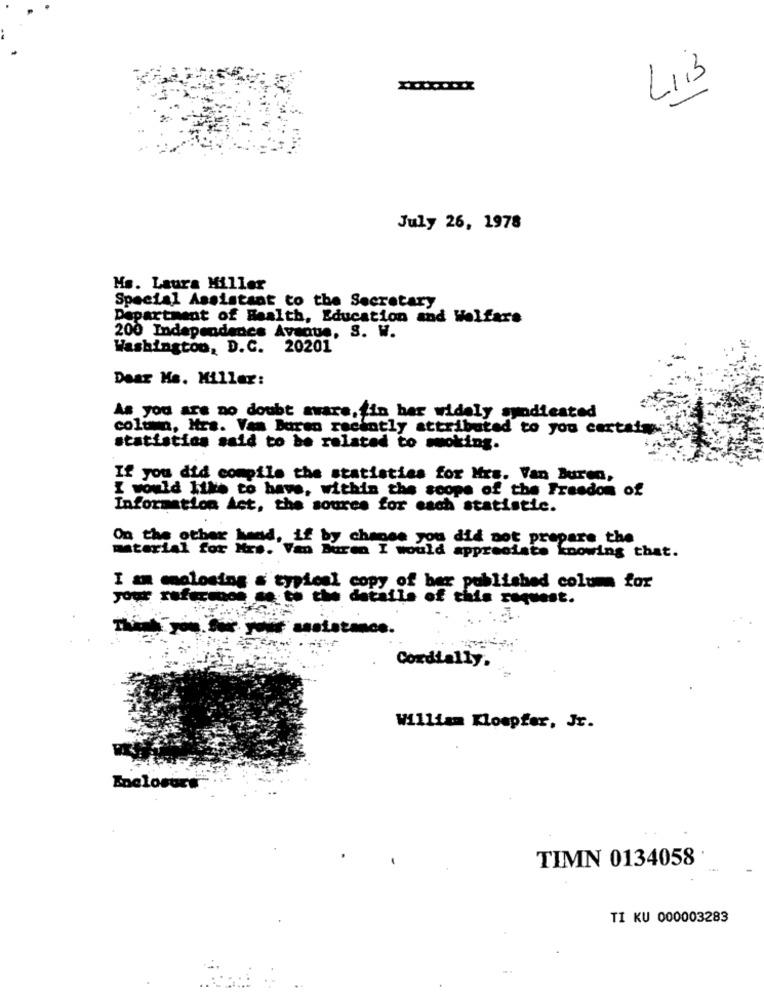
LIB
July 26, 1978
Ms. Laura Miller
Special Assistant to the Secretary
Department of Health, Education and Welfare
200 Independence Avenue, S. W.
Washington, D.C. 20201
Dear Hs. Miller:
As you are no doubt aware, fin har widely syndicated
column, Mrs. Vam Baren recently attributed to you certains.
statistics said to be related to smoking.
If you did compile the statistics for Mrs. Van Buren,
I would like to have, within the scope of the Freedom of
Information Act, the source for each statistic.
On the other hand, if by chance you did not prepare the
material for Mr .. Van Buren I would appreciate knowing that.
I am mmelosing a typical copy of ber published column for
your referenos de to the details of this request.
Cordially.
William Kloopfer, Jr.
Enclosure
TIMN 0134058 '
TI KU 000003283